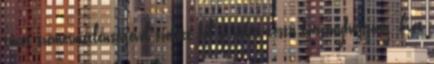
tüzes szemérmetlenségével szökött fel a nehéz testű bársonyfüggöny. Két